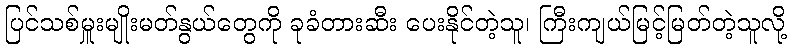
ပြင်သစ်မှူးမျိုးမတ်နွယ်တွေကို ခုခံတားဆီး ပေးနိုင်တဲ့သူ၊ ကြီးကျယ်မြင့်မြတ်တဲ့သူလို့